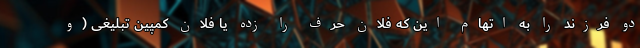
دو فرزند را به اتهام این که فلان حرف را زده یا فلان کمپین تبلیغی (و